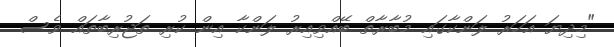
"މިދިޔަ އަހަރު ލަންކާގައި މުބާރާތް ބޭއްވިއިރު ލަންކާ އިން ކުރި ތަޖުރިބާތައް ވެސް